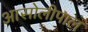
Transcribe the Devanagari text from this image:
आसोलीपाल